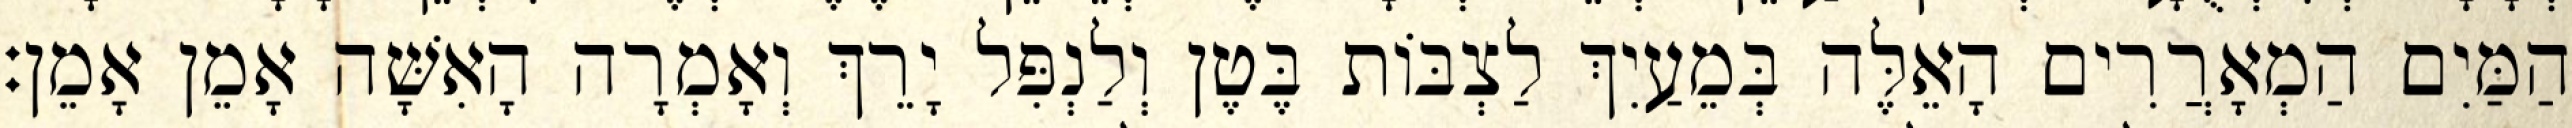
הַמַּיִם הַמְאָרֲרִים הָאֵלֶּה בְּמֵעַיִךְ לַצְבּוֹת בֶּטֶן וְלַנְפִּל יָרֵךְ וְאָמְרָה הָאִשָּׁה אָמֵן אָמֵן׃